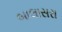
બાલાસરા